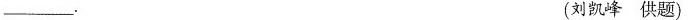
_-。 (刘凯峰供题)